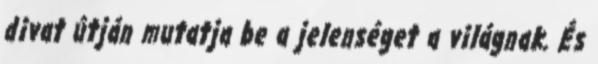
divat útján mutatja be a jelenséget a világnak. És